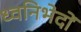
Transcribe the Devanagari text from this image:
ध्वनिभेदों